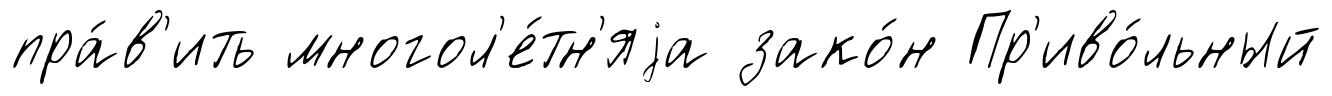
пра́в'ить многол'е́тн'яjа зако́н Пр'иво́льный